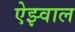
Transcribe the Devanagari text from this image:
ऐझ्वाल